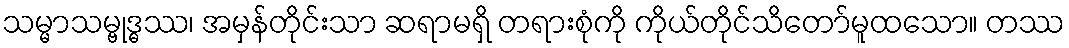
သမ္မာသမ္ဗုဒ္ဓဿ၊ အမှန်တိုင်းသာ ဆရာမရှိ တရားစုံကို ကိုယ်တိုင်သိတော်မူထသော။ တဿ